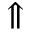
\Uparrow